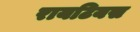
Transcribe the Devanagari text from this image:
रायटियस